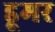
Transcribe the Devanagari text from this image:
डूमर